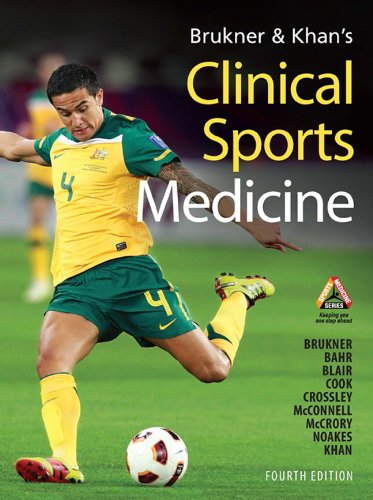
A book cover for Brukner & Khan's Clinical Sports Medicine; Peter Brukner; Medical Books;